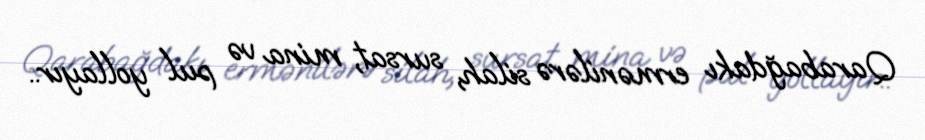
Qarabağdakı ermənilərə silah, sursat, mina və pul yollayır..